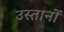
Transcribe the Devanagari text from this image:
उस्तानों